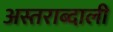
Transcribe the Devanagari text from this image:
अस्तराब्दाली